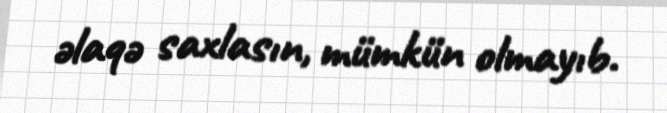
əlaqə saxlasın, mümkün olmayıb.